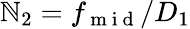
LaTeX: \mathbb{N}_{2}=f_{\mathrm{{~m~i~d~}}}/D_{1}